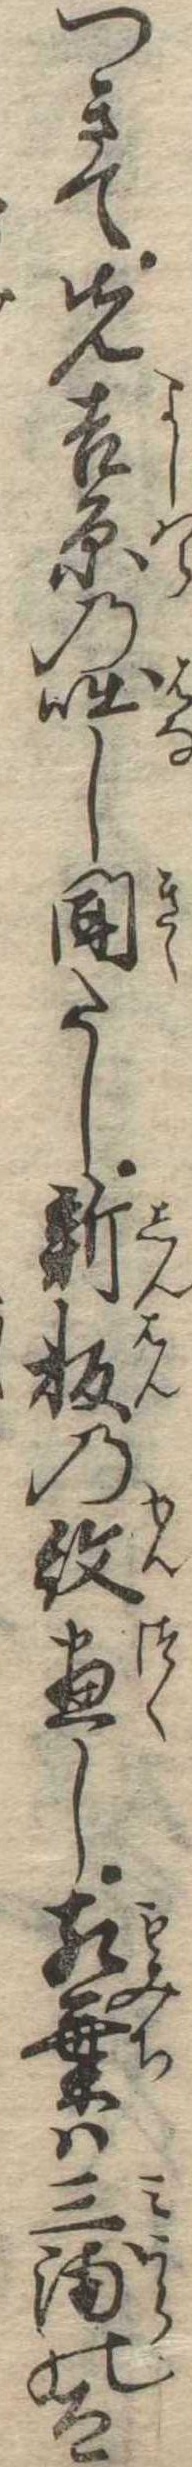
つきて先吉原の咄し聞たし新板の紋尽し紅葉は三浦の太